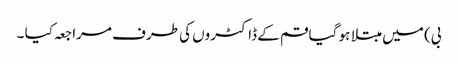
بی) میں مبتلا ہو گیا قم کے ڈاکٹروں کی طرف مراجعہ کیا ۔